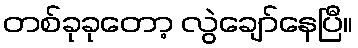
တစ်ခုခုတော့ လွဲချော်နေပြီ။